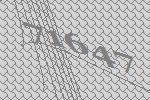
71647